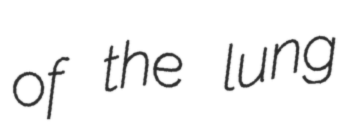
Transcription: of the lung